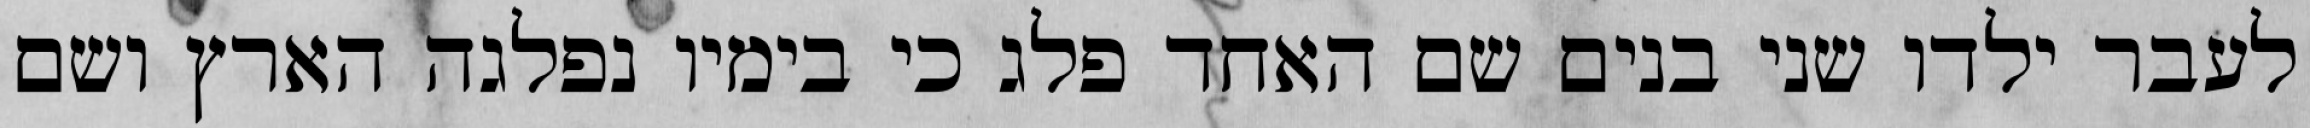
לעבר ילדו שני בנים שם האחד פלג כי בימיו נפלגה הארץ ושם